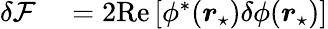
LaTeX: \begin{array}{rl}{\delta\mathcal{F}}&{{}=2\mathrm{Re}\left[\phi^{*}(\boldsymbol{r}_{\star})\delta\phi(\boldsymbol{r}_{\star})\right]}\end{array}